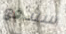
سيدفع